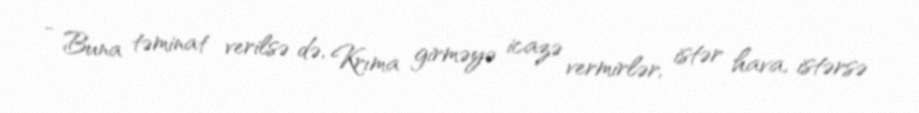
- Buna təminat verilsə də, Krıma girməyə icazə vermirlər, istər hava, istərsə